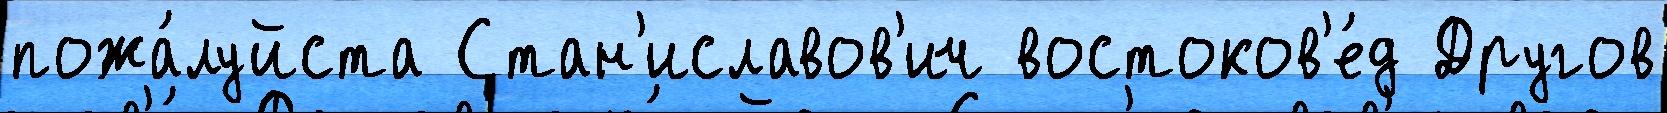
пожа́луйста Стан'иславов'ич востоков'е́д Другов